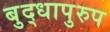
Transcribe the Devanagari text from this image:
बुद्धापुरुप